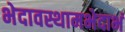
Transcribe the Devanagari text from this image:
भेदावस्थामभेदाभं